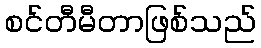
စင်တီမီတာဖြစ်သည်